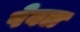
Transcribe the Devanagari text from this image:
पेवल